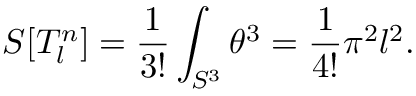
S [ T _ { l } ^ { n } ] = \frac 1 { 3 ! } \int _ { S ^ { 3 } } \theta ^ { 3 } = \frac 1 { 4 ! } \pi ^ { 2 } l ^ { 2 } .